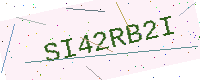
Text: SI42RB2I